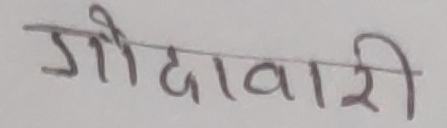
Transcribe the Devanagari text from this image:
गौदावारी